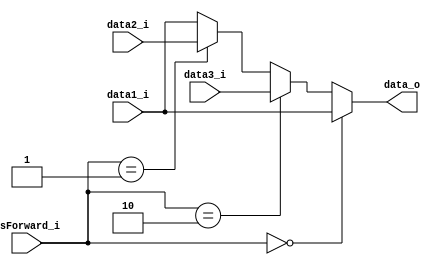
module mux7(
	data1_i,// ID/EX's read data2
	data2_i,// from REG's result 
	data3_i,// from EX's result
	IsForward_i,
	data_o
);

input	[31:0]		data1_i;
input	[31:0]		data2_i;
input	[31:0]		data3_i;
input	[1:0]		IsForward_i;
output reg [31:0]	data_o;

always@(*)begin
	if(IsForward_i == 2'b00)
		data_o = data1_i;
	else if(IsForward_i == 2'b10)
		data_o = data3_i;
	else if(IsForward_i == 2'b01) 
		data_o = data2_i;
	else
		data_o = data1_i;

end

endmodule